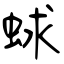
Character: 蛷